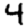
Digit: 4